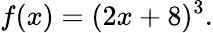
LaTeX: f(x)=(2x+8)^{3}.